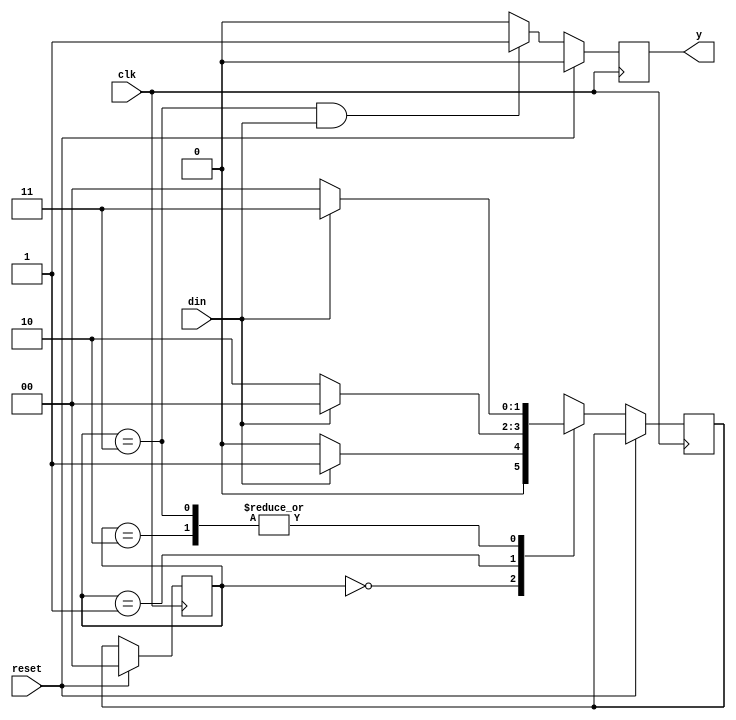
module mealy_fsm(din, reset, clk, y);
input din;
input clk;
input reset;
output reg y;
reg [1:0] cst, nst;

parameter s0 = 2'b00, s1 = 2'b01, s2 = 2'b10, s3 = 2'b11;

// State transition logic
always @(posedge clk) begin
    if (reset) begin
        cst <= s0;
        y <= 0;
    end else begin
        case (cst)
            s0: begin
                if (din == 1)
                    nst <= s1;
                else
                    nst <= s0;
            end
            s1: begin
                if (din == 0)
                    nst <= s2;
                else
                    nst <= s0;
            end
            s2: begin
                if (din == 1)
                    nst <= s3;
                else
                    nst <= s0;
            end
            s3: begin
                if (din == 1)
                    nst <= s3;
                else
                    nst <= s0;
            end
            default: nst <= s0;
        endcase
        
        cst <= nst;
        
        // Output logic
        if (cst == s3 && din == 1)
            y <= 1;
        else
            y <= 0;
    end
end

endmodule